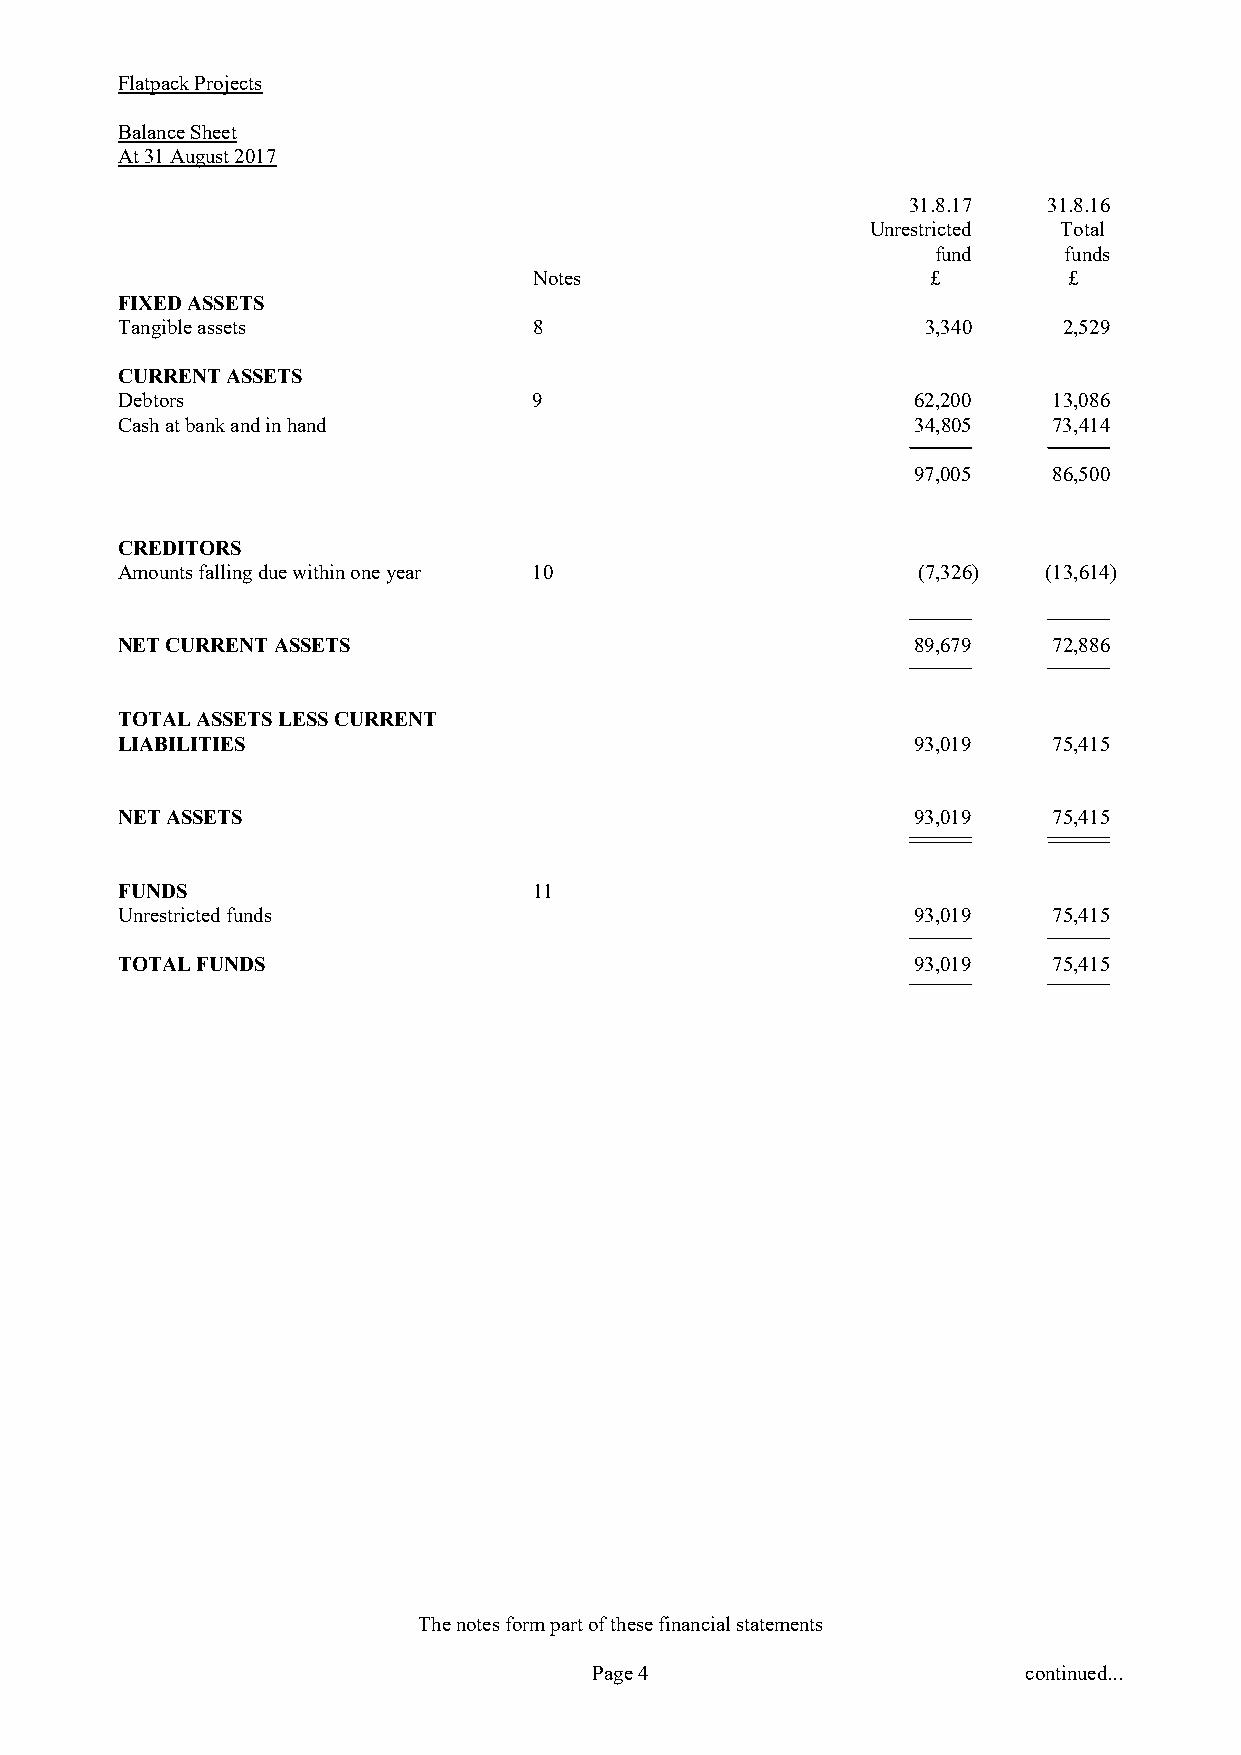
Flatpack Projects
 Balance Sheet
 At 31 August 2017
 31.8.17  31.8.16
 Unrestricted Total
 fund    funds
 Notes                      £        £
 FIXED ASSETS
 Tangible assets            8                         3,340    2,529
 CURRENT ASSETS
 Debtors                    9                        62,200    13,086
 Cash at bank and in hand                             34,805   73,414
 97,005    86,500
 CREDITORS
 Amounts falling due within one year 10               (7,326) (13,614)
 NET CURRENT ASSETS                                  89,679    72,886
 TOTAL ASSETS LESS CURRENT
 LIABILITIES                                         93,019    75,415
 NET ASSETS                                          93,019    75,415
 FUNDS                      11
 Unrestricted funds                                  93,019    75,415
 TOTAL FUNDS                                         93,019    75,415
 The notes form part of these financial statements
 Page 4                       continued...